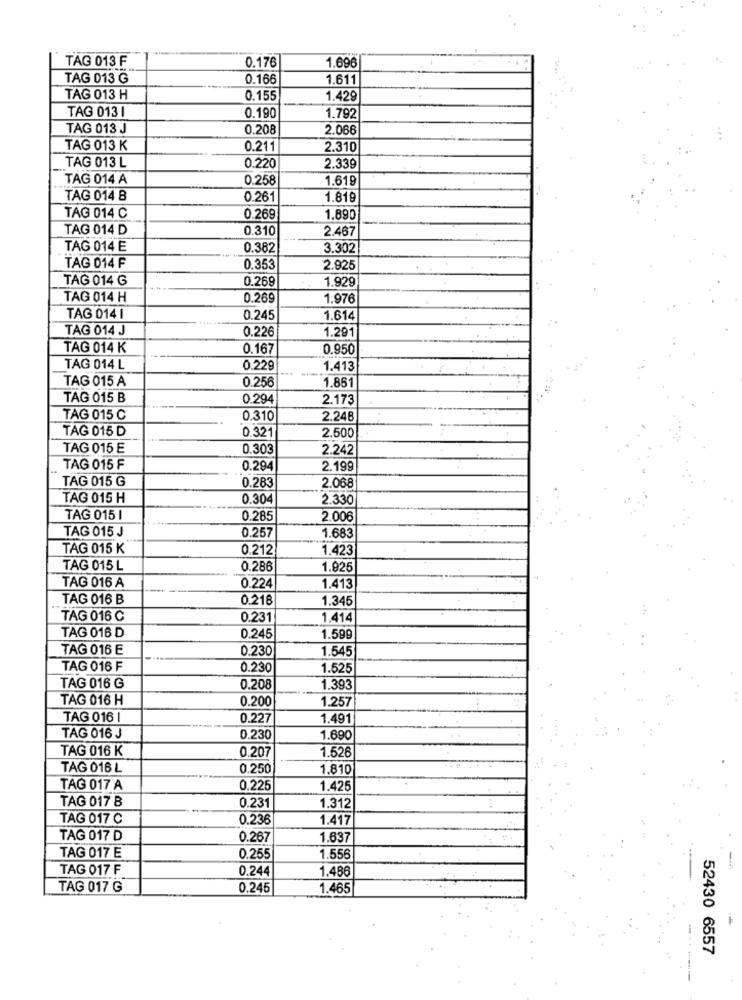
TAG 013 F
0.176
1.696
TAG 013 G
0.166
1.611
TAG 013 H
0.155
1.429
TAG 013 1
0.190
1.792
TAG 013 J
0.208
2.066
TAG 013 K
0.211
2.310
TAG 013 L
0.220
2.339
TAG 014 A
0.258
1.619
TAG 014 B
0.261
1.819
TAG 014 C
0.269
1.890
TAG 014 D
0.310
2.467
TAG 014 E
0.382
3.302
TAG 014 F
0.353
2.925
TAG 014 G
0.269
1.929
TAG 014 H
0.269
1.976
TAG 014 I
0.245
1.614
TAG 014 J
0.226
1.291
TAG 014 K
0.167
0.950
TAG 014 L
0.229
1.413
TAG 015 A
0.256
1.861
TAG 015 B
0.294
2.173
TAG 015 C
0.310
2.248
TAG 015 D
0.321
2.500
TAG 015 E
0.303
2.242
TAG 015 F
0.294
2.199
TAG 015 G
0.283
2.068
TAG 015 H
0.304
2.330
TAG 015 1
0.285
2.006
TAG 015 J
0.257
1.683
TAG 015 K
0.212
1.423
TAG 015 L
0.286
1.925
TAG 016 A
0.224
1.413
TAG 016 B
0.218
1.345
TAG 016 C
0.231
1.414
TAG 016 D
0.245
1.599
TAG 016 E
0.230
1.545
TAG 016 F
0.230
1.525
TAG 016 G
0.208
1.393
TAG 016 H
0.200
1.257
TAG 016 |
0.227
1.491
TAG 016 J
0.230
1.690
TAG 016 K
0.207
1.526
TAG 016 L
0.250
1.810
TAG 017 A
0.225
1.425
TAG 017 B
0.231
1.312
TAG 017 C
0.236
1.417
TAG 017 D
0.267
1.637
TAG 017 E
0.255
1.556
TAG 017 F
0.244
1.486
TAG 017 G
0.245
1.465
52430 6557